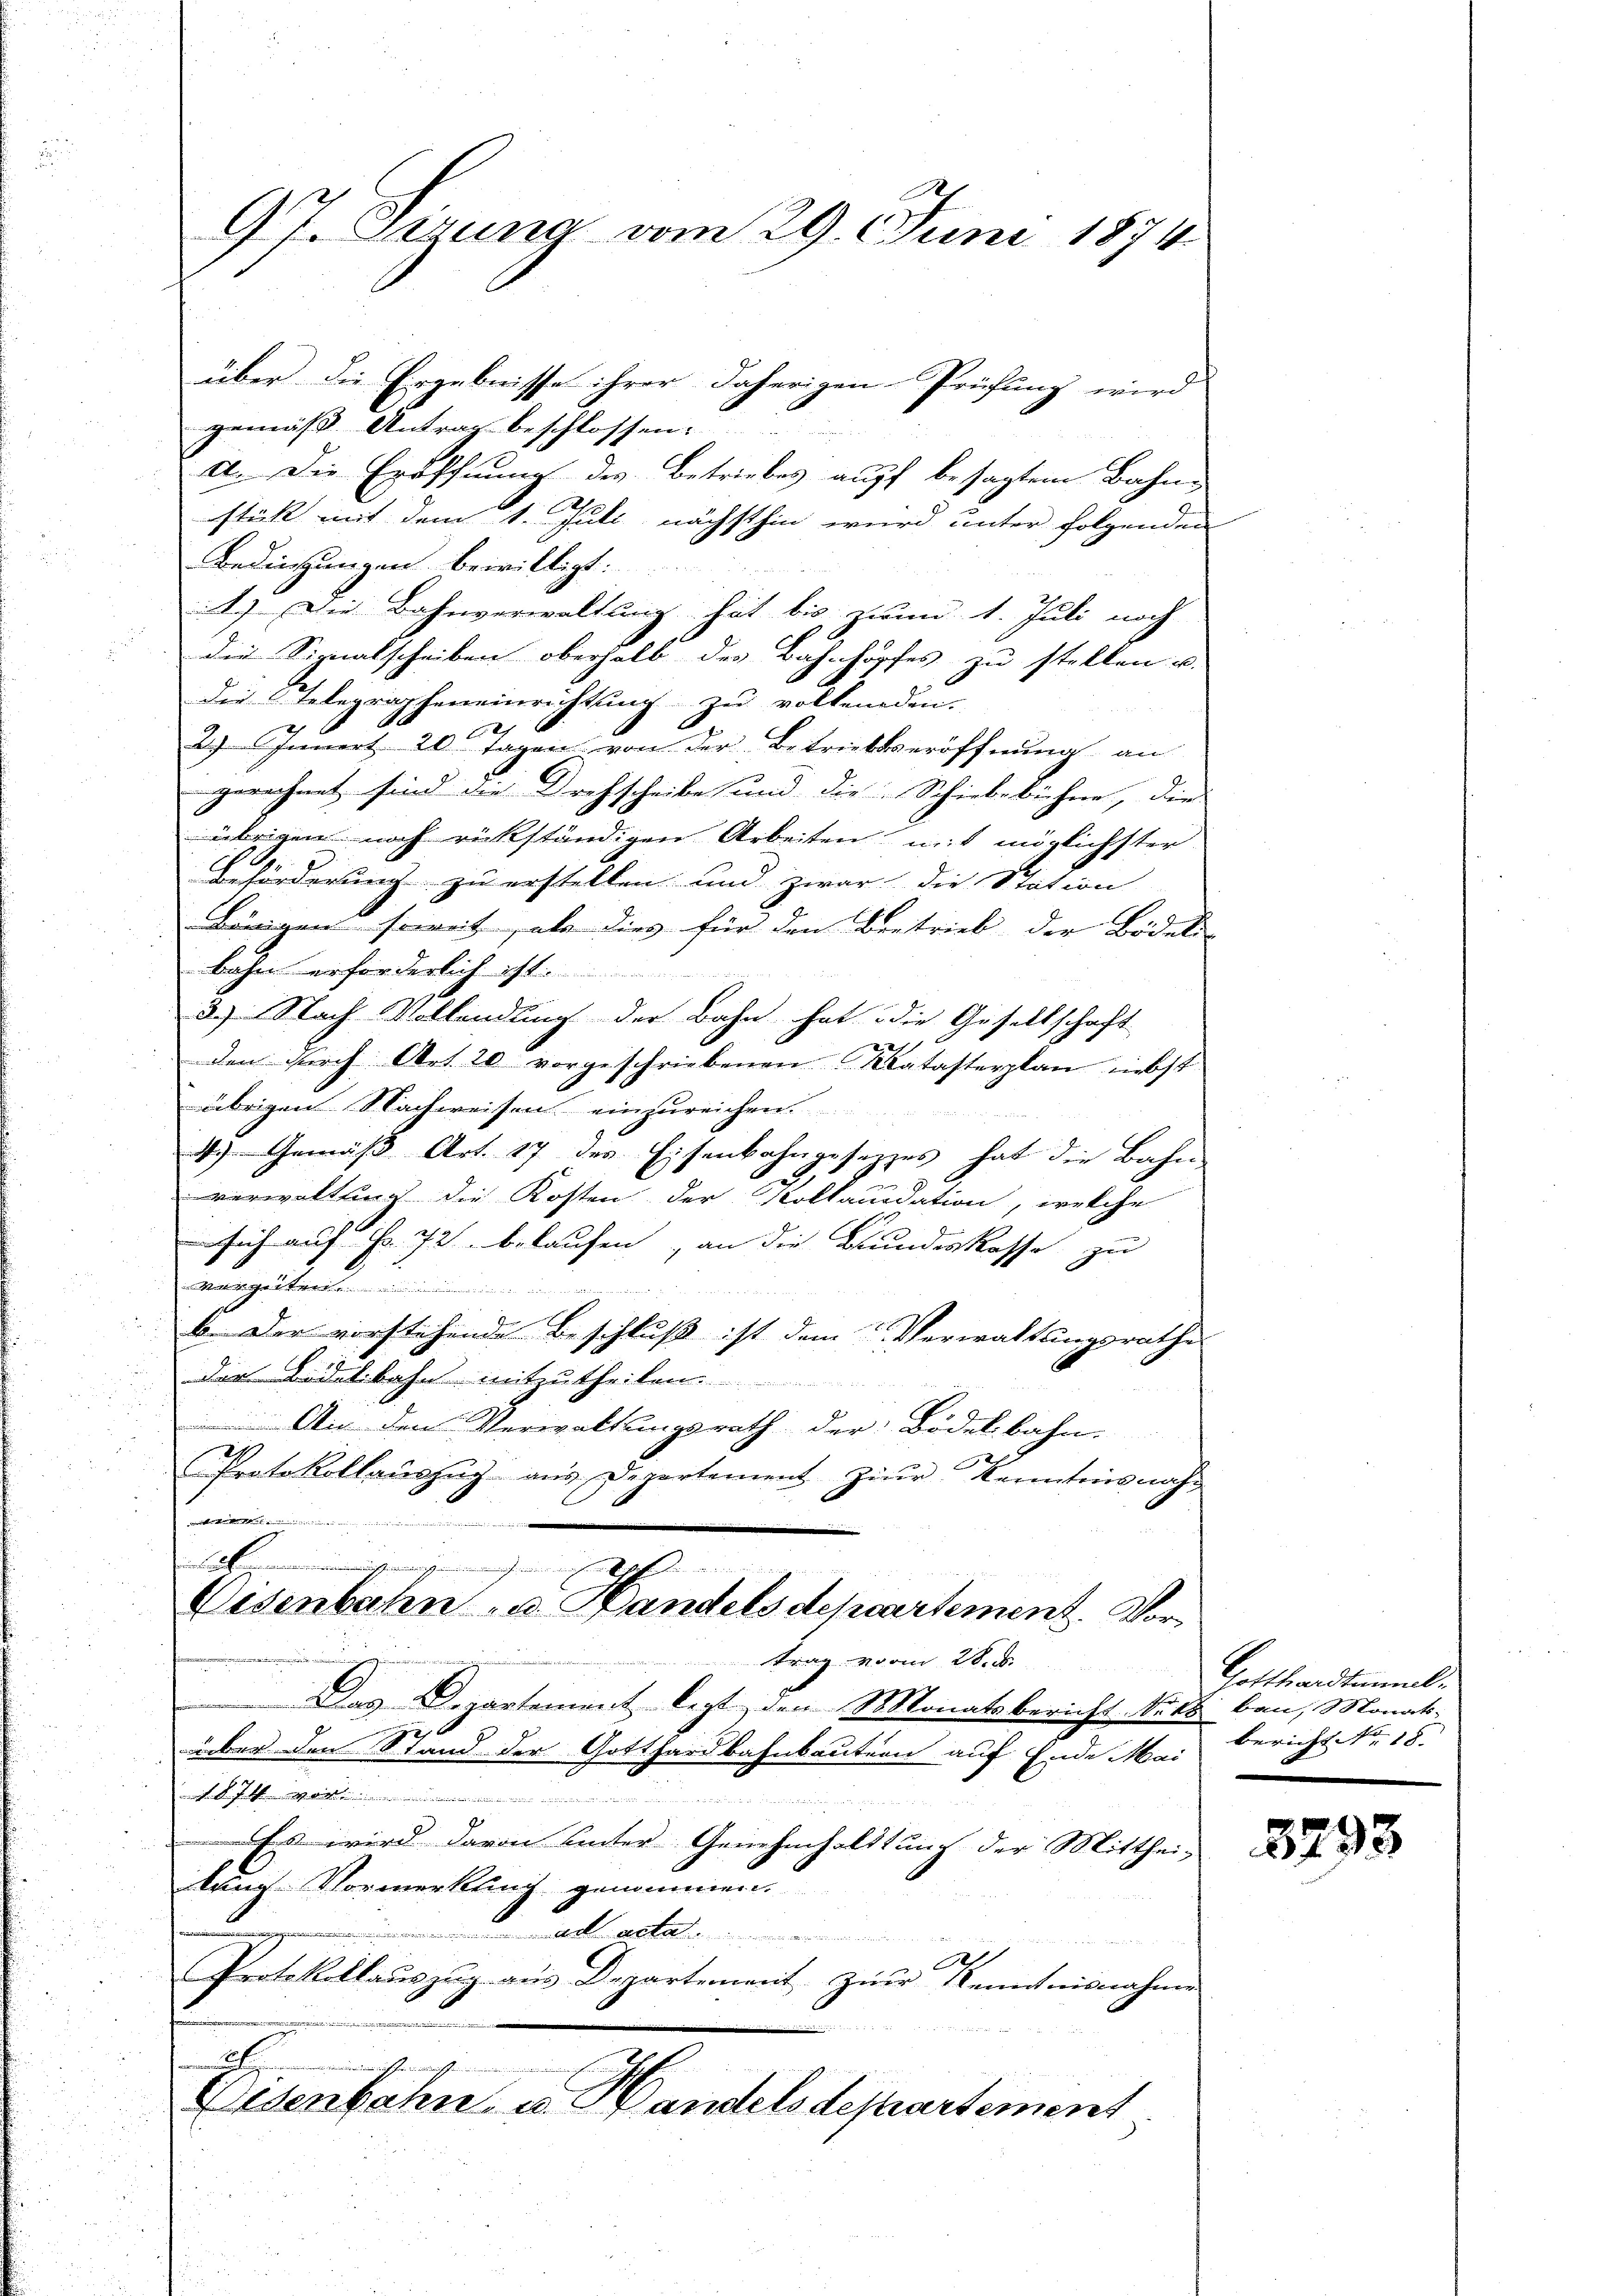
97. Sirung vom 29. Juni 1874.

gemäß Antrag beschlossen:
a. Die Eröffnung des Betriebes auff besagtem Bahnstik mit dem 1. Juli nächsthin wird unter folgenden
Bedingungen bewilligt:
A.) Die Bahnverwaltung hat bis zum 1. Juli noch
5
die Sirnalscheiben oberhalb des Bahnhopfes zu stellen u.
Die Telegrapheneinrichtung zu volkenden.
e
2). Innert. 20 Tagen von der Betriebseröffnung an
gerechnet sind die Drehscheibe und die Schiebebichne, die
übrigen noch rückständigen Arbeiten mit möglichster
Beförderung zu erstellen und zwar die Station
Bönigen soweit, als dies für den Betrieb der Bideli- |
bahn erforderlich ist.
3.) Nach Vollendung der Bahn hat die Gesellschaft
R R
den durch Art. 20 vorgeschriebenen Katasterplan liebst
übrigen Nachweisen einzureichen
4.) Gemäβ Art. 17 des Eisenbahngesetzes hat die Bahn
verwaltung die Kosten der Kollaudation, welche
sich auf Fr. 72. belaufen, an die Bundeskasse zu
 Mtt. . . . .
b. Der vorstehende Beschluß ist dem Verwaltungsrathes
der Bidelbahn mitzutheilen.
An den Verwaltungsrath der Bödelbahn.
2
Protokollaŭszŭg aŭs Departement Ziŭr Kenntnisnahdiritt denkelin in den
sel annemissungen und auch abschienen
Eisenbahn u. Handelsdepartement. Vor¬
.
trag vom 28. d.
Das Departement legt, den Monatsbericht kost ban, Monats-
g
über den Stand der Gotthardbahnbautern auf Ende Mai
chfal
n
Ess wird davon unter Genehmhaldtung der Mitthei-
lung Vormerkung genommen.
ad acta
d
1
Protollollauszug aus Departement zur Kenntnisnahmen
d
eer in der steher
Eisenbahn u. Handels departement
.

über die Ergebnisse ihrer daherigen Prüfung wird

Gottlandtamml¬
Bericht No. 18.

3793